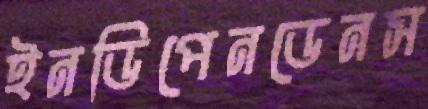
ইনডিপেনডেনস